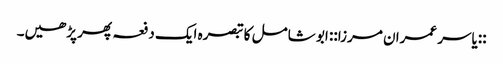
::یاسر عمران مرزا:: ابو شامل کا تبصرہ ایک دفعہ پھر پڑھیں۔